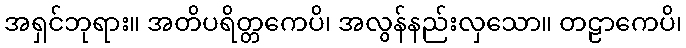
အရှင်ဘုရား။ အတိပရိတ္တကေပိ၊ အလွန်နည်းလှသော။ တဠာကေပိ၊